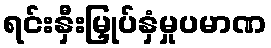
ရင်းနှီးမြှုပ်နှံမှုပမာဏ